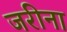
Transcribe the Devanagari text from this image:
जरीना